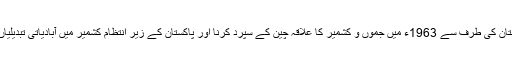
ان میں پاکستان کی طرف سے 1963ء میں جموں و کشمیر کا علاقہ چین کے سپرد کرنا اور پاکستان کے زیر انتظام کشمیر میں آبادیاتی تبدیلیاں نمایاں ہیں۔